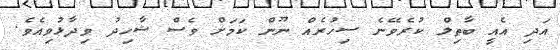
އަދި އެއީ ބާތިލް ކުރެވޭނެ ސިހުރެއް ނޫން ކަމަށް ވެސް ޝާހިދު ވިދާޅުވިއެވެ.